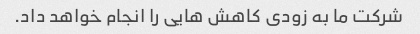
شرکت ما به زودی کاهش هایی را انجام خواهد داد.